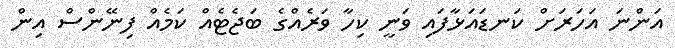
އަންނަ އަހަރަށް ކަނޑައަޅާފައި ވަނީ ކިހާ ވަރެއްގެ ބަޖެޓެއް ކަމެއް ފިނޭންސް އިން